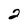
Character: 2